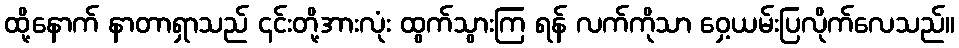
ထို့နောက် နာတာရှာသည် ၎င်းတို့အားလုံး ထွက်သွားကြ ရန် လက်ကိုသာ ဝှေ့ယမ်းပြလိုက်လေသည်။